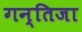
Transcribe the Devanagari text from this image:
गन्तिजा